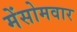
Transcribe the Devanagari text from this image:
मेंसोमवार